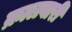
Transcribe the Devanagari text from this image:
क्रालवारी